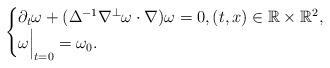
LaTeX: \begin{align*}\begin{cases}\partial_t \omega + (\Delta^{-1} \nabla^{\perp}\omega \cdot \nabla) \omega =0, (t,x) \in \mathbb R \times\mathbb R^2,\\\omega\Bigr|_{t=0}=\omega_0.\end{cases}\end{align*}